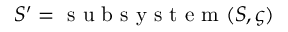
S ^ { \prime } = \textup { s u b s y s t e m } ( S , \varsigma )